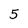
Character: 5